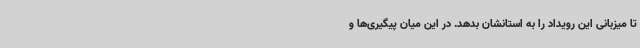
تا میزبانی این رویداد را به استانشان بدهد. در این میان پیگیری‌ها و